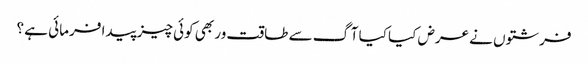
فرشتوں نے عرض کیا کیا آگ سے طاقت ور بھی کوئی چیز پیدا فرمائی ہے ؟